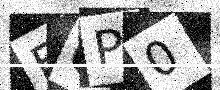
Text: FCP0